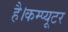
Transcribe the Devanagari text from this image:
है।कम्प्यूटर